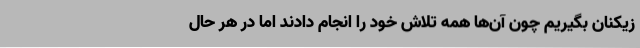
زیکنان بگیریم چون آن‌ها همه تلاش خود را انجام دادند اما در هر حال